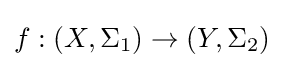
f:(X,\Sigma _{1})\to (Y,\Sigma _{2})